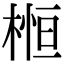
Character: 𣕲